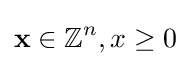
\mathbf {x} \in \mathbb {Z} ^{n},x\geq 0